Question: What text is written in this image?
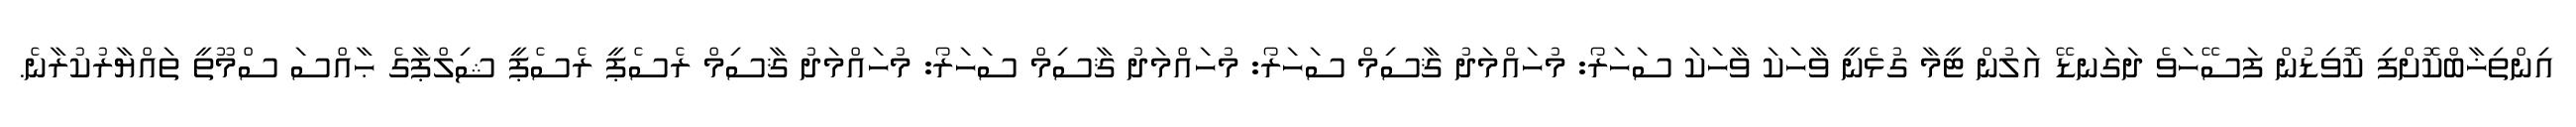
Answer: އިންތިޚާބްކޮށްފި ކޮވިޑުން ފަސޭހަވެ ދަގަނޑޭ އަލުން ޓީމާ ގުޅެނީ ވާހަކަ ވާހަކަ ސަހަރޯ: މުހައްމަދު ޤާސިމް ސަހަރޯ: މުހައްމަދު ޤާސިމް ސަހަރޯ: މުހައްމަދު ޤާސިމް ރެސެޕީ ރެސެޕީ ޝިލްޕާގެ ޙާއްސަ ސްމޫތީ ތައްޔާރުކުރާނެ.